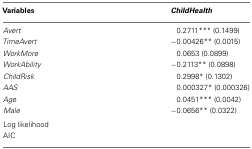
| Variables | ChildHealth |
 | --- | --- |
 | Avert | 0.2711*** (0.1499) |
 | TimeAvert | −0.00426** (0.0015) |
 | WorkMore | 0.0653 (0.0899) |
 | WorkAbility | −0.2113** (0.0898) |
 | ChildRisk | 0.2998* (0.1302) |
 | AAS | 0.000327* (0.000326) |
 | Age | 0.0451*** (0.0042) |
 | Male | −0.0656** (0.0322) |
 | Log likelihood |  |
 | AIC |  |